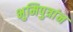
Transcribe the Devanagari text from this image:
भुमिपुत्रांन